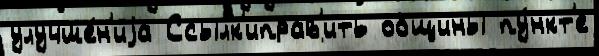
улучше́н'иjа Ссылк'иправ'ить общины пу́нкт'е